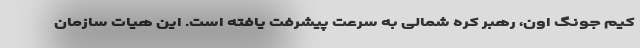
کیم جونگ اون، رهبر کره شمالی به سرعت پیشرفت یافته است. این هیات سازمان